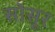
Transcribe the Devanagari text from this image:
सोसूर